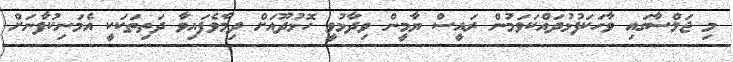
މި ޖަލްސާގައި ވާހަކަފުޅުދައްކަވަމުން ރައީސް ޔާމީން ވިދާޅުވީ ހޮޅުދޫއަށް ދިމާވެފައިވާ ދަތިތަކަކީ އެމަނިކުފާނަށް